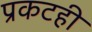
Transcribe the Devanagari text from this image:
प्रकटही